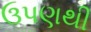
ઉપણથી